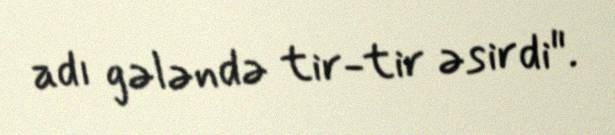
adı gələndə tir-tir əsirdi".